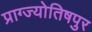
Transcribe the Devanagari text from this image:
प्राग्ज्योतिषपुर